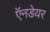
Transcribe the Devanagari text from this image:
ऍनडेयर